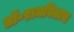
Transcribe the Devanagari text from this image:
डॉ॰रामविलास